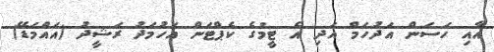
އާއި ހަސަން އަދުހަމް އަދި އެ ޓީމުގެ ކެޕްޓަން އަހުމަދު ރަޝީދު (އައްމަޑޭ)